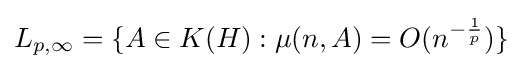
L_{p,\infty }=\{A\in K(H):\mu (n,A)=O(n^{-{\frac {1}{p}}})\}